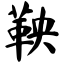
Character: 鞅